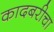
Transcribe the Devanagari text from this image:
कादबरीचा